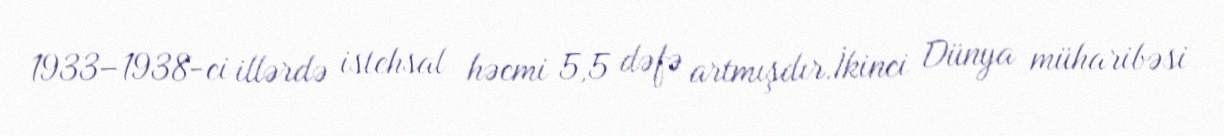
1933–1938-ci illərdə istehsal həcmi 5,5 dəfə artmışdır.İkinci Dünya müharibəsi